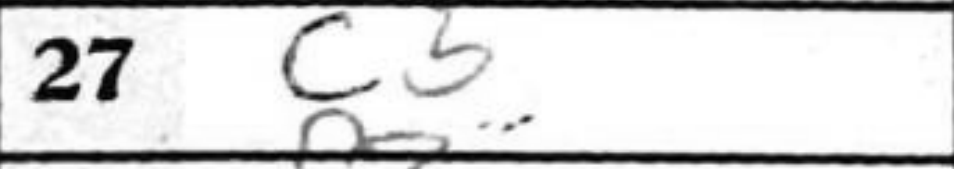
Transcription: c5